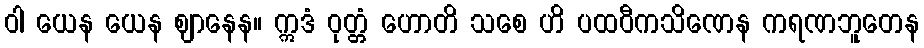
ဝါ ယေန ယေန ဈာနေန။ ဣဒံ ဝုတ္တံ ဟောတိ သစေ ဟိ ပထဝီကသိဏေန ကရဏဘူတေန